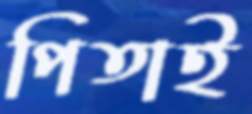
পিতাই